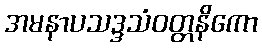
အမနာပသဒ္ဒသံဝတ္တနိကော